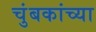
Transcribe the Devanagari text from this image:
चुंबकांच्या